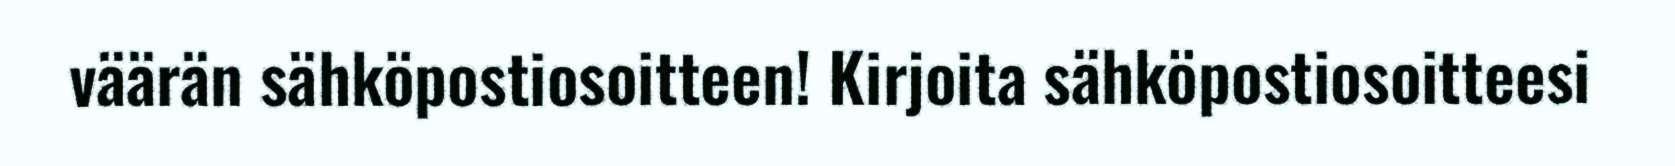
väärän sähköpostiosoitteen! Kirjoita sähköpostiosoitteesi